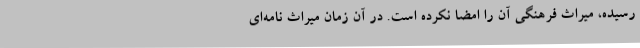
رسیده، میراث فرهنگی آن را امضا نکرده است. در آن زمان میراث نامه‌ای